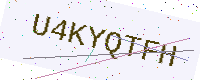
Text: U4KYQTFH